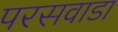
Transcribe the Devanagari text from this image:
परसवाडा